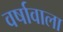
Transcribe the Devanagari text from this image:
वर्षावाला